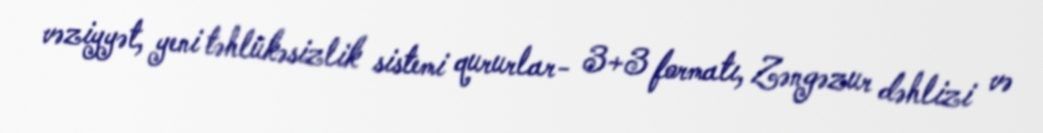
vəziyyət, yeni təhlükəsizlik sistemi qururlar- 3+3 formatı, Zəngəzur dəhlizi və